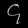
Digit: ၄